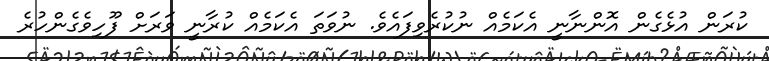
ކުރަން އުޅެގެން އޮންނާނީ އެކަމެއް ނުކުރެވިފައެވެ. ނުވަތަ އެކަމެއް ކުރާނީ ވަރަށް ފޫހިވެގެންހުރެ